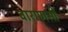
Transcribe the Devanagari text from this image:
वाराणसी